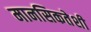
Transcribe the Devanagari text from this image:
मानसिकतेशी